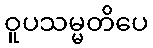
ဝူပသမ္မတိပေ